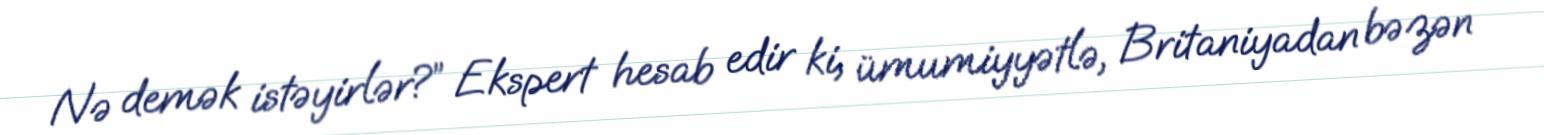
Nə demək istəyirlər?” Ekspert hesab edir ki, ümumiyyətlə, Britaniyadan bəzən